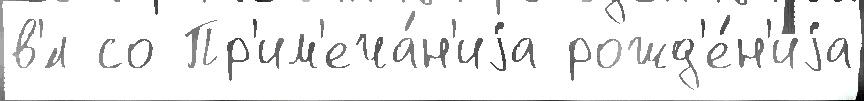
в'́л со Пр'им'еча́н'иjа рожд'е́н'иjа